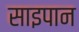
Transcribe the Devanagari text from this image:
साइपान